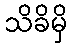
သိခိမှိ